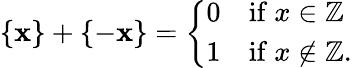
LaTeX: \{ \mathbf{x}\} +\{ -\mathbf{x}\} ={\left\{ \begin{array}{ll}{0}&{{\mathrm{if~}}x\in\mathbb{Z}}\\ {1}&{{\mathrm{if~}}x\not\in\mathbb{Z}.}\end{array}\right.}